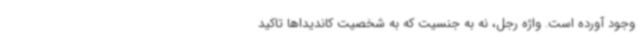
وجود آورده است. واژه رجل، نه به جنسیت که به شخصیت کاندیداها تاکید